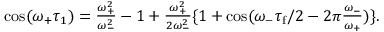
\begin{array} { r } { \cos ( \omega _ { + } \tau _ { 1 } ) = \frac { \omega _ { + } ^ { 2 } } { \omega _ { - } ^ { 2 } } - 1 + \frac { \omega _ { + } ^ { 2 } } { 2 \omega _ { - } ^ { 2 } } \{ 1 + \cos ( \omega _ { - } \tau _ { \mathrm { f } } / 2 - 2 \pi \frac { \omega _ { - } } { \omega _ { + } } ) \} . } \end{array}